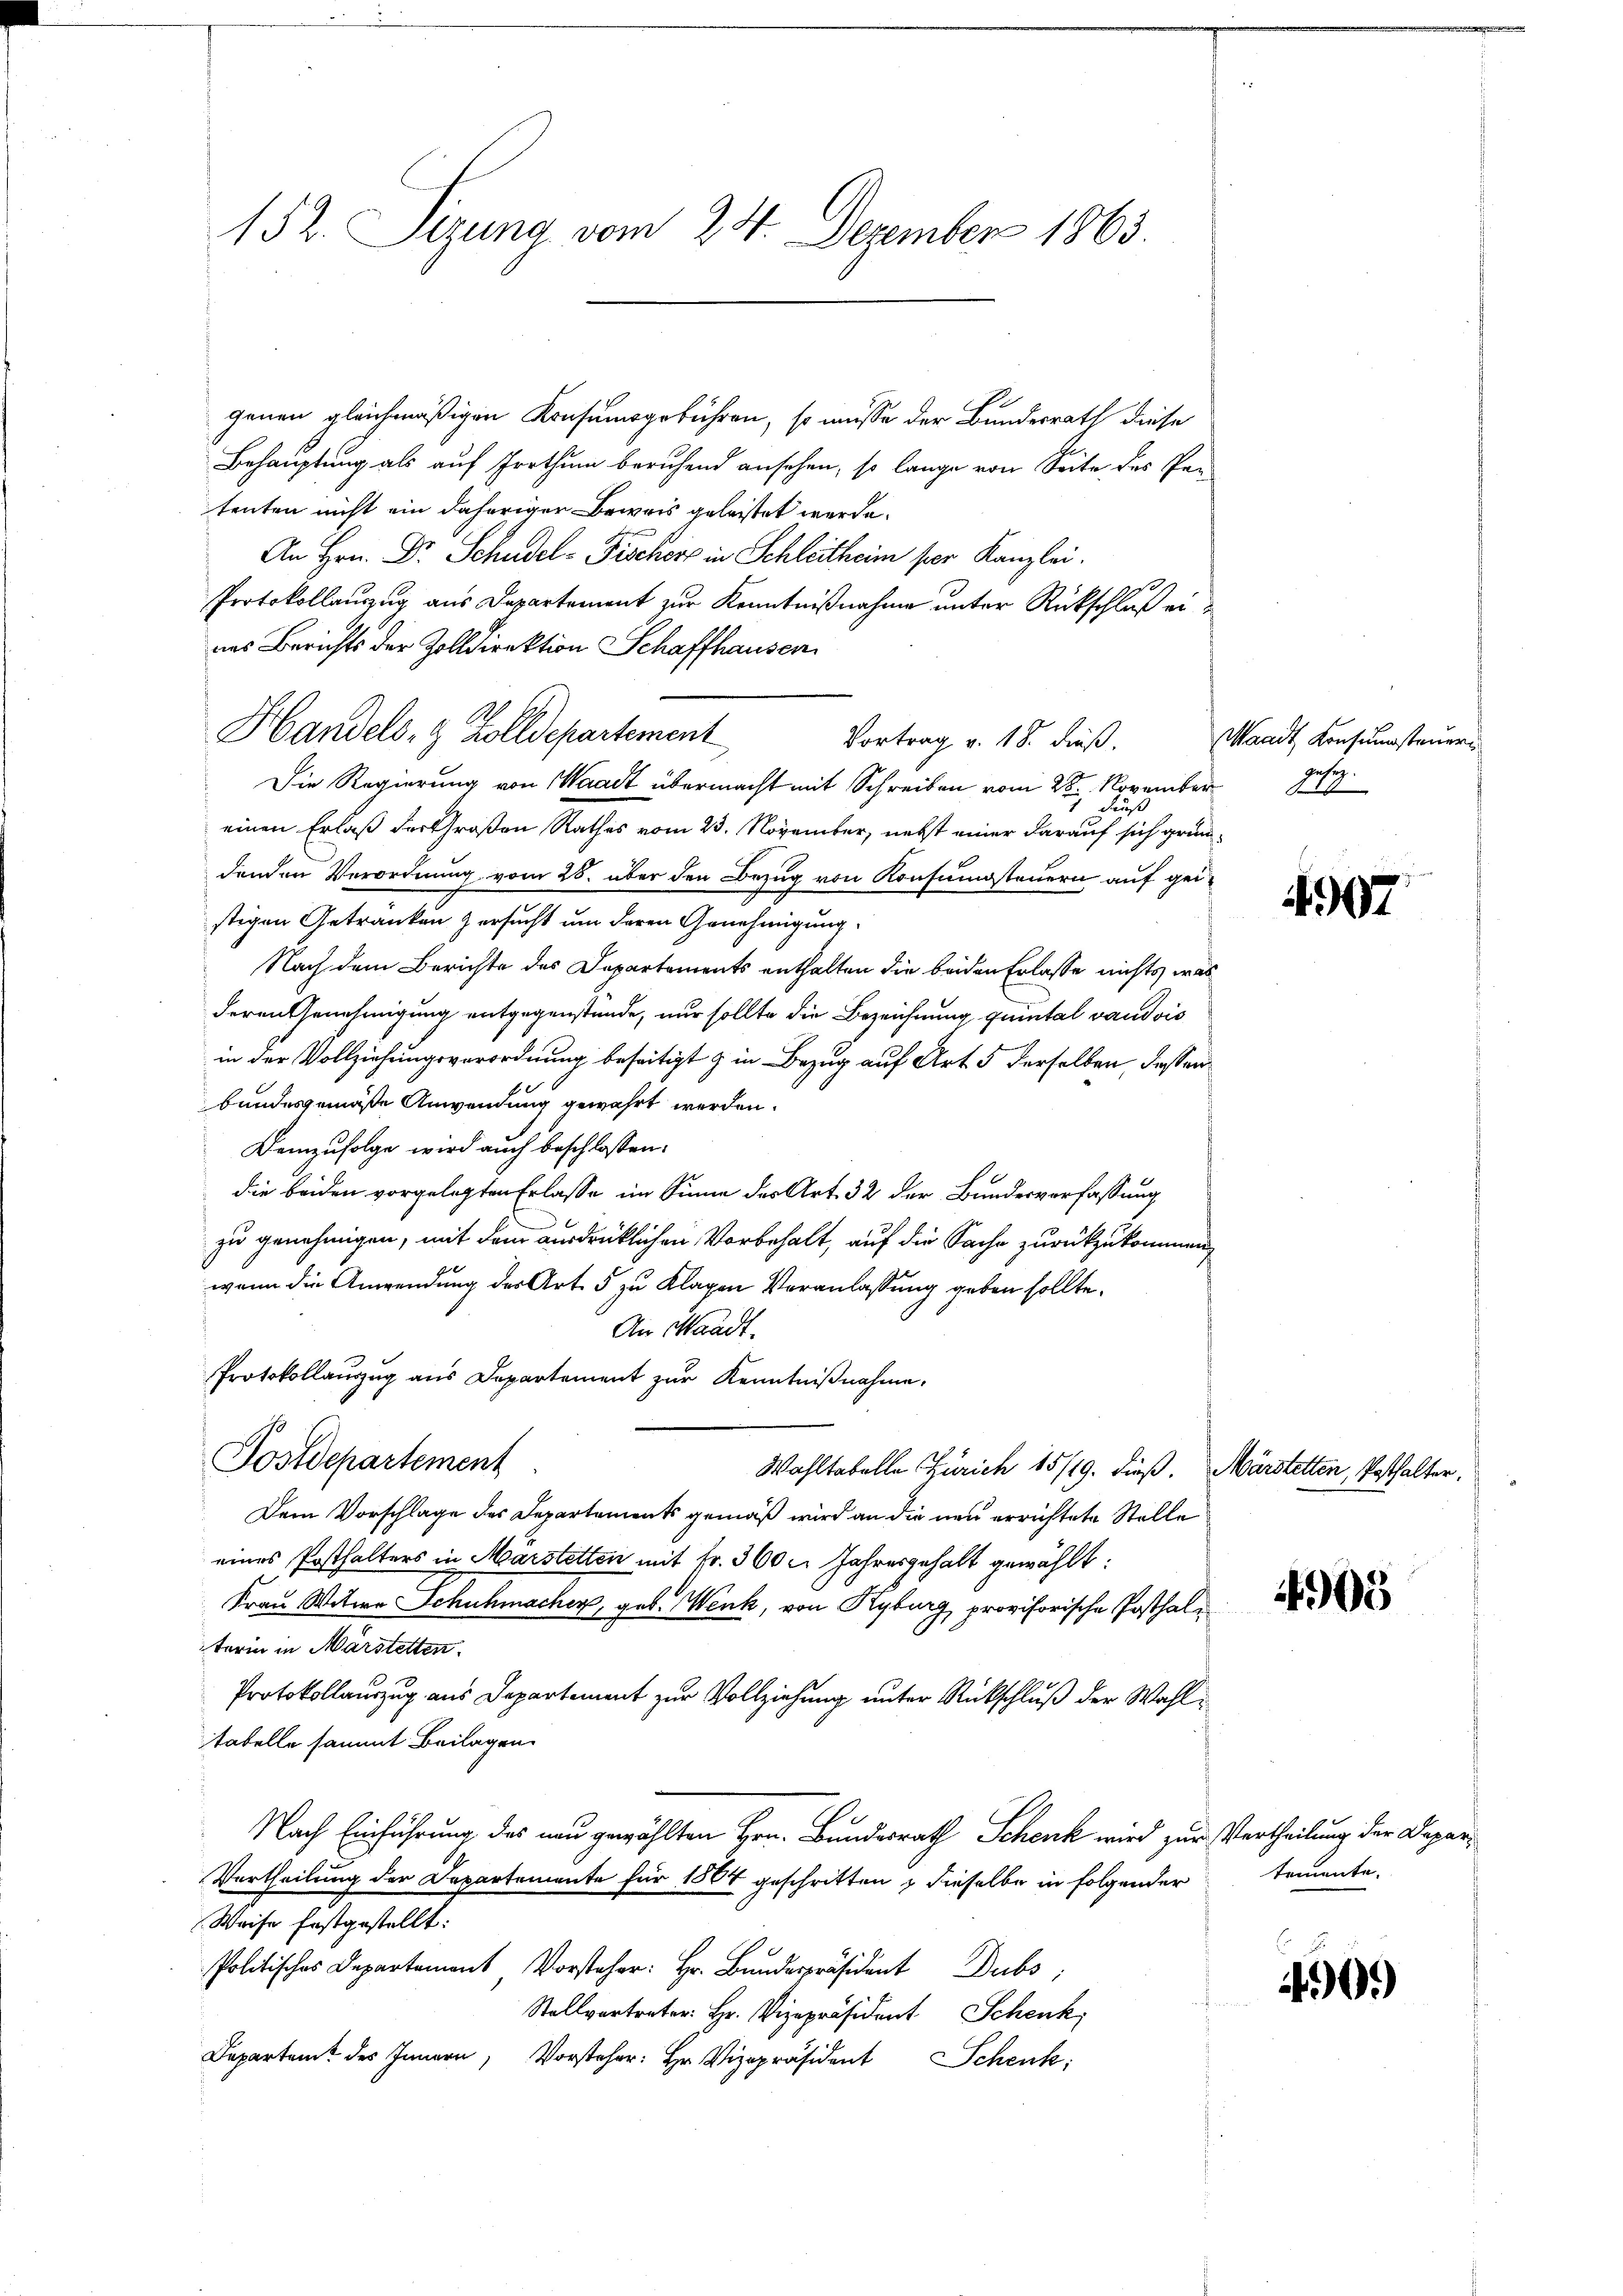
152. Sizung vom 24. Dezember 1863

genen gleichmäßigen Konsumsgebühren, so müsse der Bundesrath diese
Behauptung als auf Irrthum beruhend ansehen, so lange von Seite des Pa-
tenten nicht ein daheriger Beweis geleistet werde.
An Hrn. Dr. Schudel- Fischer in Schleitheim per Kanzlei.
Protokollauszug aus Departement zur Kenntnißnahme unter Rückschluß eines Berichts der Zolldirektion Schaffhausen
Handels- & Zolldepartement
Vortrag v. 18. dieß.
Die Regierung von Waadt übermacht mit Schreiben vom 28. November
Fuß
einen Erlaß der Großen Rathes vom 23. November, nebst einer darauf sich gründenden Verordnung vom 25. über den Bezug von Konsumsteuern auf geistigen Getränken zersucht um deren Genehmigung
Nach dem Berichte des Departements enthalten die beiden Erlasse nichts, was
deren Genehmigung entgegenstände, nur sollte die Bezeichnung quintal vaudois
in der Vollziehungsverordnung beseitigt & in Bezug auf Art. 5 derselben, dassen
bundesgemäße Anwendung gewährt werden.
Demzufolge wird auch beschlossen:
die beiden vorgelegten Erlasse im Sinne des Art. 32 der Bundesverfassung
zu genehmigen, mit dem ausdrücklichen Vorbehalt, auf die Sache zurückzukommen,
wenn die Anwendung des Art. 5 zu Klagen Veranlassung geben sollte.
An Waadt.
Protokollauszug aus Departement zur Kenntnißnahme,
Postdepartement
Wahltabelle Zürich 15/19. dieß. Märstetten, Posthalter,
Dem Vorschlage des Departements gemäß wird an die neu errichtete Stelle
eines Posthalters in Märstetten mit Fr. 360 l. Jahresgehalt gewählt:
Frau Witwe Schuhmacher, geb. Wenk, von Kyburg, provisorische Posthalterin in Märstetten.
Protokollauszug aus Departement zur Vollziehung unter Rückschluß der Wahltabelle sammt Beilagen.
Nach Einführung des neu gewählten Hrn. Bundesrath Schenk wird zur Vertheilung der Depar¬
Vortheilung der Departemente für 1804 geschritten, dieselbe in folgender
Weise festgestellt.
Politisches Departement Vorster Hr. Bŭndesident Dubs,
Stallvertreter: Hr. Vizepräsident Schenk,
Departamt des Innern, Vorsteher: Hr. Vizepräsident Schenk

Waadt Konsumsteuern
gesez
17

4907

4905

temente.

44909)